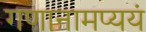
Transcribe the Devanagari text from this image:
गणानामप्ययं